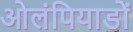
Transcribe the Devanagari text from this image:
ओलंपियाडों